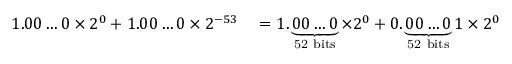
\begin{array} { r l } { 1 . 0 0 \ldots 0 \times 2 ^ { 0 } + 1 . 0 0 \ldots 0 \times 2 ^ { - 5 3 } } & { { } = 1 . \underbrace { 0 0 \ldots 0 } _ { \mathrm { 5 2 ~ b i t s } } \times 2 ^ { 0 } + 0 . \underbrace { 0 0 \ldots 0 } _ { \mathrm { 5 2 ~ b i t s } } 1 \times 2 ^ { 0 } } \end{array}